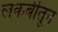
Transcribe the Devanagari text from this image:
लकबीतून